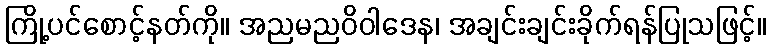
ကြို့ပင်စောင့်နတ်ကို။ အညမညဝိဝါဒေန၊ အချင်းချင်းခိုက်ရန်ပြုသဖြင့်။